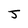
Character: J